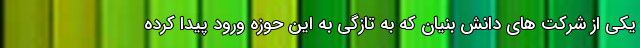
یکی از شرکت های دانش بنیان که به تازگی به این حوزه ورود پیدا کرده